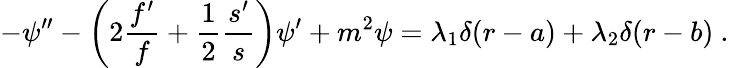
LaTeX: -\psi^{\prime\prime}-\left(2\frac{f^{\prime}}{f}+\frac{1}{2}\frac{s^{\prime}}{s}\right)\psi^{\prime}+m^{2}\psi=\lambda_{1}\delta(r-a)+\lambda_{2}\delta(r-b)\ .